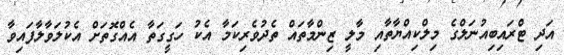
އަދި ޓްރައިބިއުނަލްގެ މިލްކިއްޔާތާއި މާލީ ޒިންމާތައް ތެދުވެރިކަމާ އެކު ހަގީގަތާ އެއްގޮތަށް އެކުލަވާލާފައިވާ